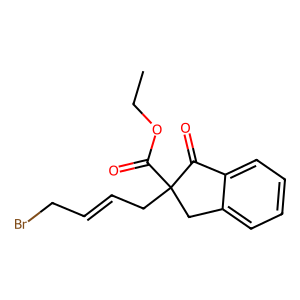
SMILES: CCOC(=O)C1(CC=CCBr)Cc2ccccc2C1=O
Inhibits HIV replication: No